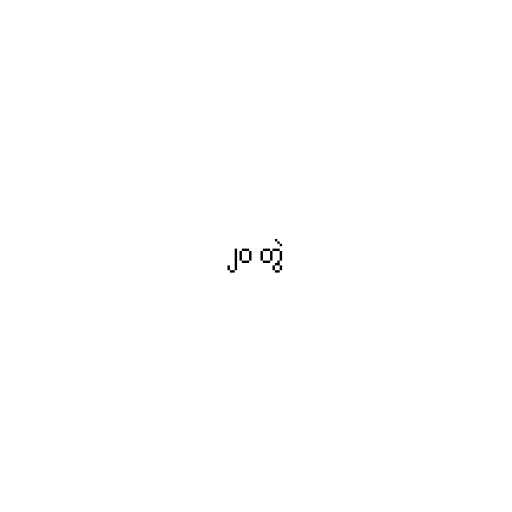
၂၀ တွဲ